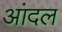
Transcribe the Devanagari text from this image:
आंदल